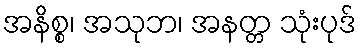
အနိစ္စ၊ အသုဘ၊ အနတ္တ သုံးပုဒ်